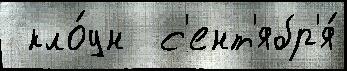
 кло́ун  с'ент'ябр'я́